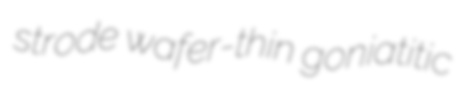
strode wafer-thin goniatitic